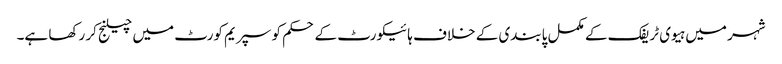
شہر میں ہیوی ٹریفک کے مکمل پابندی کے خلاف ہائیکورٹ کے حکم کو سپریم کورٹ میں چیلنج کر رکھا ہے۔